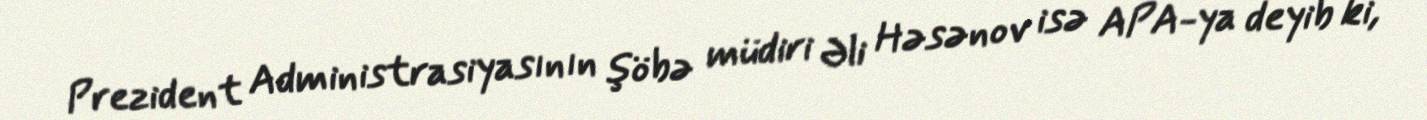
Prezident Administrasiyasının şöbə müdiri Əli Həsənov isə APA-ya deyib ki,